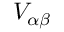
V _ { \alpha \beta }